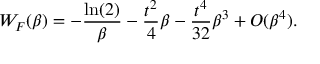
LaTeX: { \cal W } _ { F } ( \beta ) = - \frac { \ln ( 2 ) } { \beta } - \frac { t ^ { 2 } } { 4 } \beta - \frac { t ^ { 4 } } { 3 2 } \beta ^ { 3 } + { \cal O } ( \beta ^ { 4 } ) .